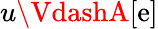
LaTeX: u\VdashA[\mathrm{e}]